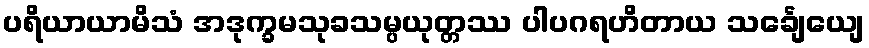
ပရိယာယာမိသံ အဒုက္ခမသုခသမ္ပယုတ္တဿ ပါပဂရဟိတာယ သင်္ချေယျေ